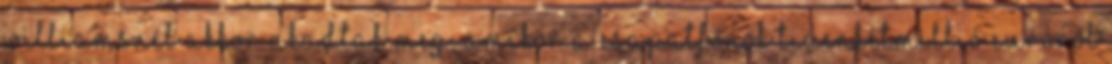
Williamsnél akkor akadtak meg, amikor a csapatfőnök tizenkétmillió euróról